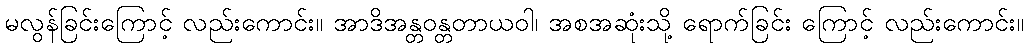
မလွန်ခြင်းကြောင့် လည်းကောင်း။ အာဒိအန္တဝန္တတာယဝါ၊ အစအဆုံးသို့ ရောက်ခြင်း ကြောင့် လည်းကောင်း။